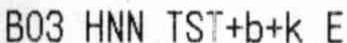
B03 HNN TST+B+K E